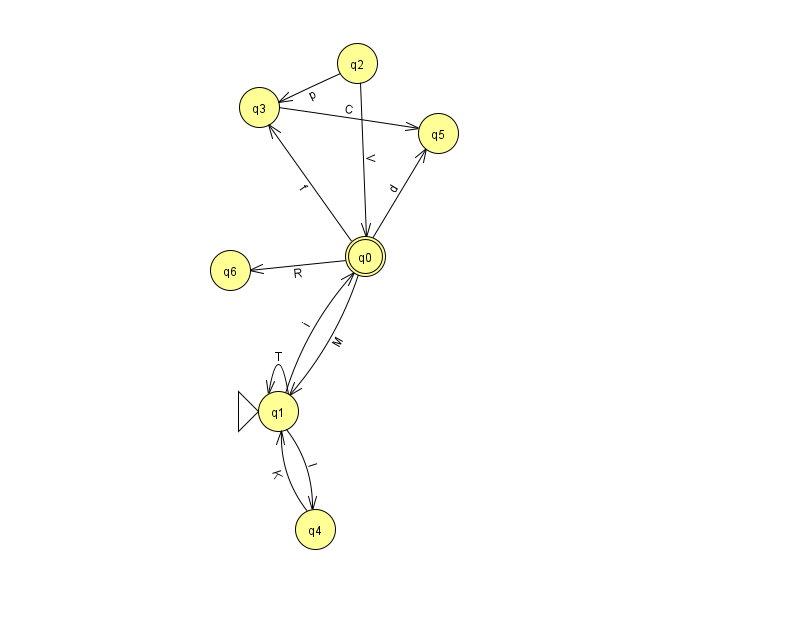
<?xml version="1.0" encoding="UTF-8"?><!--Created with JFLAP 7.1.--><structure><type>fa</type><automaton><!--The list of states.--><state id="0" name="q0"><x>365.0</x><y>243.0</y><final/></state><state id="1" name="q1"><x>278.0</x><y>398.0</y><initial/></state><state id="2" name="q2"><x>357.0</x><y>50.0</y></state><state id="3" name="q3"><x>259.0</x><y>94.0</y></state><state id="4" name="q4"><x>315.0</x><y>516.0</y></state><state id="5" name="q5"><x>438.0</x><y>120.0</y></state><state id="6" name="q6"><x>230.0</x><y>257.0</y></state><!--The list of transitions.--><transition><from>0</from><to>6</to><read>R</read></transition><transition><from>3</from><to>5</to><read>C</read></transition><transition><from>1</from><to>1</to><read>T</read></transition><transition><from>2</from><to>3</to><read>p</read></transition><transition><from>4</from><to>1</to><read>K</read></transition><transition><from>1</from><to>4</to><read>I</read></transition><transition><from>2</from><to>0</to><read>V</read></transition><transition><from>1</from><to>0</to><read>i</read></transition><transition><from>0</from><to>3</to><read>f</read></transition><transition><from>0</from><to>1</to><read>M</read></transition><transition><from>0</from><to>5</to><read>d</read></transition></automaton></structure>